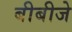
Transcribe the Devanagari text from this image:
बीबीजे